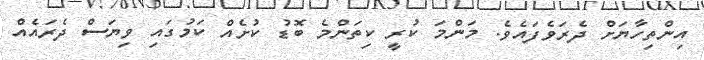
އިންތިހާޔަށް ދެރަވެފައެވެ. މަންމަ ކުރީ ކިތަންމެ ބޮޑު ކުށެއް ކަމުގައި ވިޔަސް ދެރައެއް